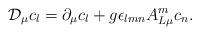
LaTeX: \begin{align*}{\cal D}_\mu c_l = \partial_\mu c_l + g \epsilon_{lmn} A_{L \mu}^m c_n.\end{align*}